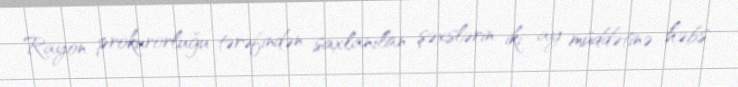
Rayon prokurorluğu tərəfindən saxlanılan şəxslərin iki ay müddətinə həbs